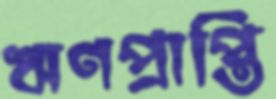
ঋণপ্রাপ্তি